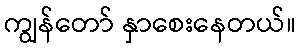
ကျွန်တော် နှာစေးနေတယ်။